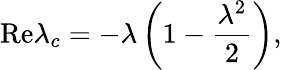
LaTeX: \mathrm{Re}\lambda_{c}=-\lambda\left(1-\frac{\lambda^{2}}{2}\right),